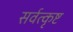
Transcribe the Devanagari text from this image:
सर्वत्कृष्ट